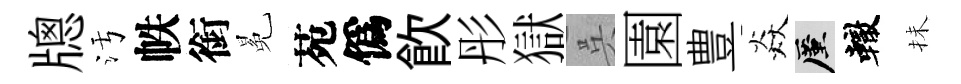
牕污帙銜冕苑僞飮彤獄呉園豊焱厪轍抺